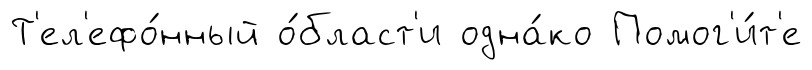
Т'ел'ефо́нный о́бласт'и одна́ко Помог'и́т'е